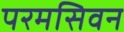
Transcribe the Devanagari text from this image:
परमसिवन